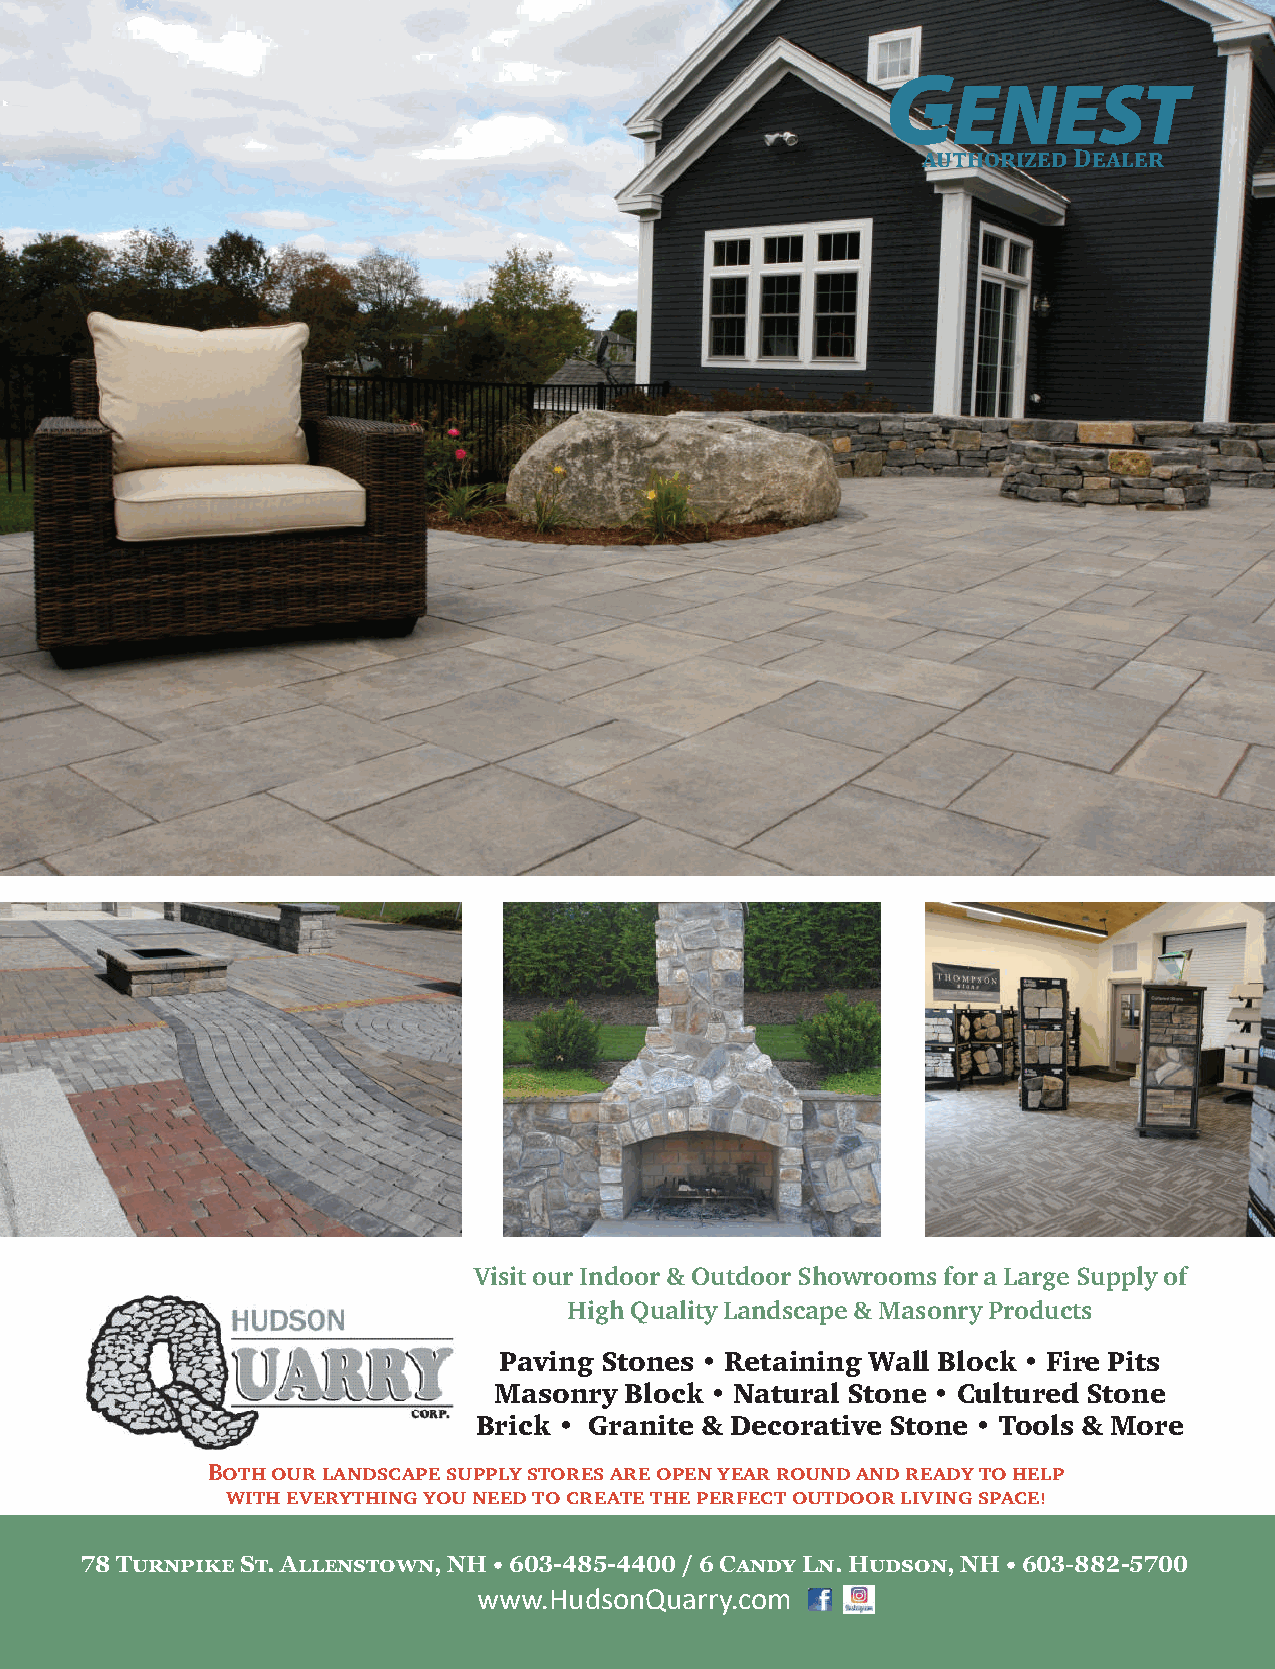
,)+$"*&%’(D’,#’*
 VisitourIndoor&OutdoorShowroomsforaLargeSupplyof
 HighQualityLandscape&MasonryProducts
 Paving Stones • Retaining Wall Block • Fire Pits
 Masonry Block • Natural Stone • Cultured Stone
 Brick • Granite & Decorative Stone • Tools & More
 Bothourlandscapesupplystoresareopenyearroundandreadytohelp
 witheverythingyouneedtocreatetheperfectoutdoorlivingspace!
 SP+>D"Z)&G-@H9$$G"B@[;"KMQ,T<1-/\W-//<</T2L"I4O"HQ>IB["KMQ,T<1J\\5-WS<<
 www.HudsonQuarry.com
 Winter 2021-2022 | Around Concord 67